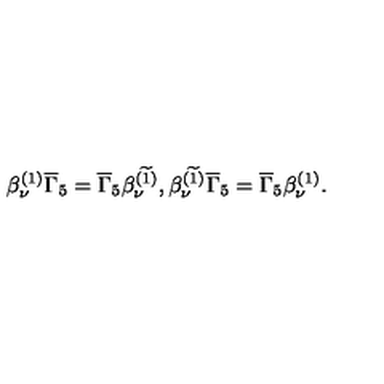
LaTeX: \beta _ { \nu } ^ { ( 1 ) } \overline { { \Gamma } } _ { 5 } = \overline { { \Gamma } } _ { 5 } \beta _ { \nu } ^ { ( \widetilde { 1 } ) } , \beta _ { \nu } ^ { ( \widetilde { 1 } ) } \overline { { \Gamma } } _ { 5 } = \overline { { \Gamma } } _ { 5 } \beta _ { \nu } ^ { ( 1 ) } .